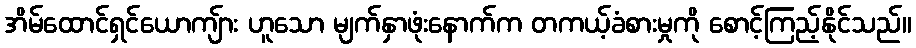
အိမ်ထောင်ရှင်ယောကျ်ား ဟူသော မျက်နှာဖုံးနောက်က တကယ့်ခံစားမှုကို စောင့်ကြည့်နိုင်သည်။